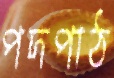
পদপাঠ